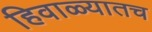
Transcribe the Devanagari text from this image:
हिवाळ्यातच